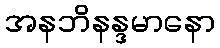
အနဘိနန္ဒမာနော